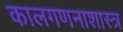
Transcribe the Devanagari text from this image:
कालगणनाशास्त्र